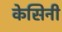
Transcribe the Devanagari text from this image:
केसिनी